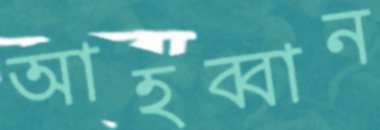
আহব্বান